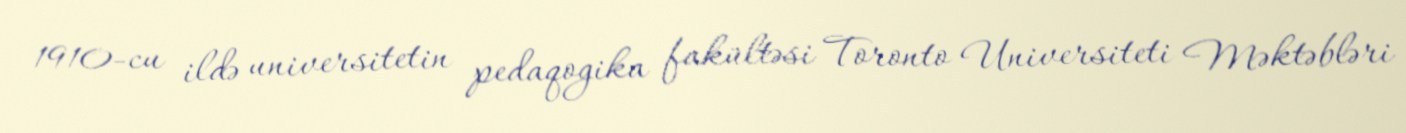
1910-cu ildə universitetin pedaqogika fakültəsi Toronto Universiteti Məktəbləri